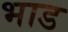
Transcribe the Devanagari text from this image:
भाड